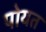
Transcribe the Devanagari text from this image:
पोयत